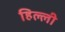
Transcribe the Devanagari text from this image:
हिल्ली